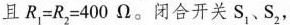
且$$R_{1}=R_{2}=400Ω$$。闭合开关 S_{1},S_{2} ，